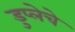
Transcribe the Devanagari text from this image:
डुप्लेचे